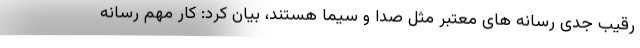
رقیب جدی رسانه های معتبر مثل صدا و سیما هستند، بیان کرد: کار مهم رسانه